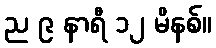
ည ၉ နာရီ ၁၂ မိနစ်။